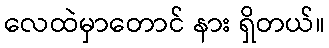
လေထဲမှာတောင် နား ရှိတယ်။